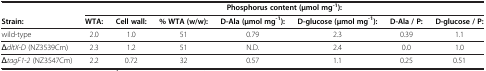
<table><thead><tr><td><b> </b></td><td colspan="7"><b>Phosphorus content (μmol mg<sup>-1</sup>):</b></td></tr><tr><td><b>Strain:</b></td><td><b>WTA:</b></td><td><b>Cell wall:</b></td><td><b>% WTA (w/w):</b></td><td><b>D-Ala (μmol mg<sup>-1</sup>):</b></td><td><b>D-glucose (μmol mg<sup>-1</sup>):</b></td><td><b>D-Ala / P:</b></td><td><b>D-glucose / P:</b></td></tr></thead><tbody><tr><td>wild-type</td><td>2.0</td><td>1.0</td><td>51</td><td>0.79</td><td>2.3</td><td>0.39</td><td>1.1</td></tr><tr><td>Δ<i>dltX-D</i> (NZ3539Cm)</td><td>2.3</td><td>1.2</td><td>51</td><td>N.D.</td><td>2.4</td><td>0.0</td><td>1.0</td></tr><tr><td>Δ<i>tagF1</i>-<i>2</i> (NZ3547Cm)</td><td>2.2</td><td>0.72</td><td>32</td><td>0.57</td><td>1.1</td><td>0.25</td><td>0.51</td></tr></tbody></table>